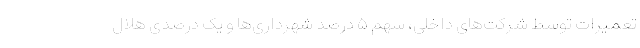
تعمیرات توسط شرکت‌های داخلی، سهم ۵ درصد شهرداری‌ها و یک درصدی هلال